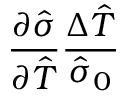
\frac { \partial \hat { \sigma } } { \partial \hat { T } } \frac { \Delta \hat { T } } { \hat { \sigma } _ { 0 } }